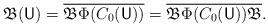
LaTeX: \begin{align*}\mathfrak B(\mathsf U) = \overline{\mathfrak B \Phi( C_0(\mathsf U))} = \overline{\mathfrak B \Phi( C_0(\mathsf U))\mathfrak B}.\end{align*}